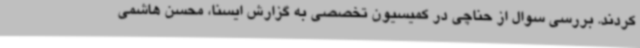
کردند. بررسی سوال از حناچی در کمیسیون تخصصی به گزارش ایسنا، محسن هاشمی